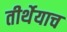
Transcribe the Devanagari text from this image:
तीर्थेयाच